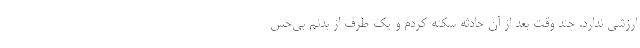
ارزشی ندارد. چند وقت بعد از آن حادثه سکته کردم و یک طرف از بدنم بی‌حس